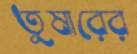
তুষারের